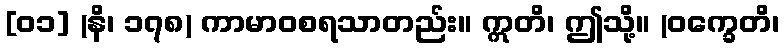
[၀၁] (နိ၊ ၁၇၈) ကာမာဝစရသာတည်း။ ဣတိ၊ ဤသို့။ (ဝက္ခေတိ၊